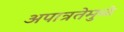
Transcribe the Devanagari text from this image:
अपात्रतेमुळे